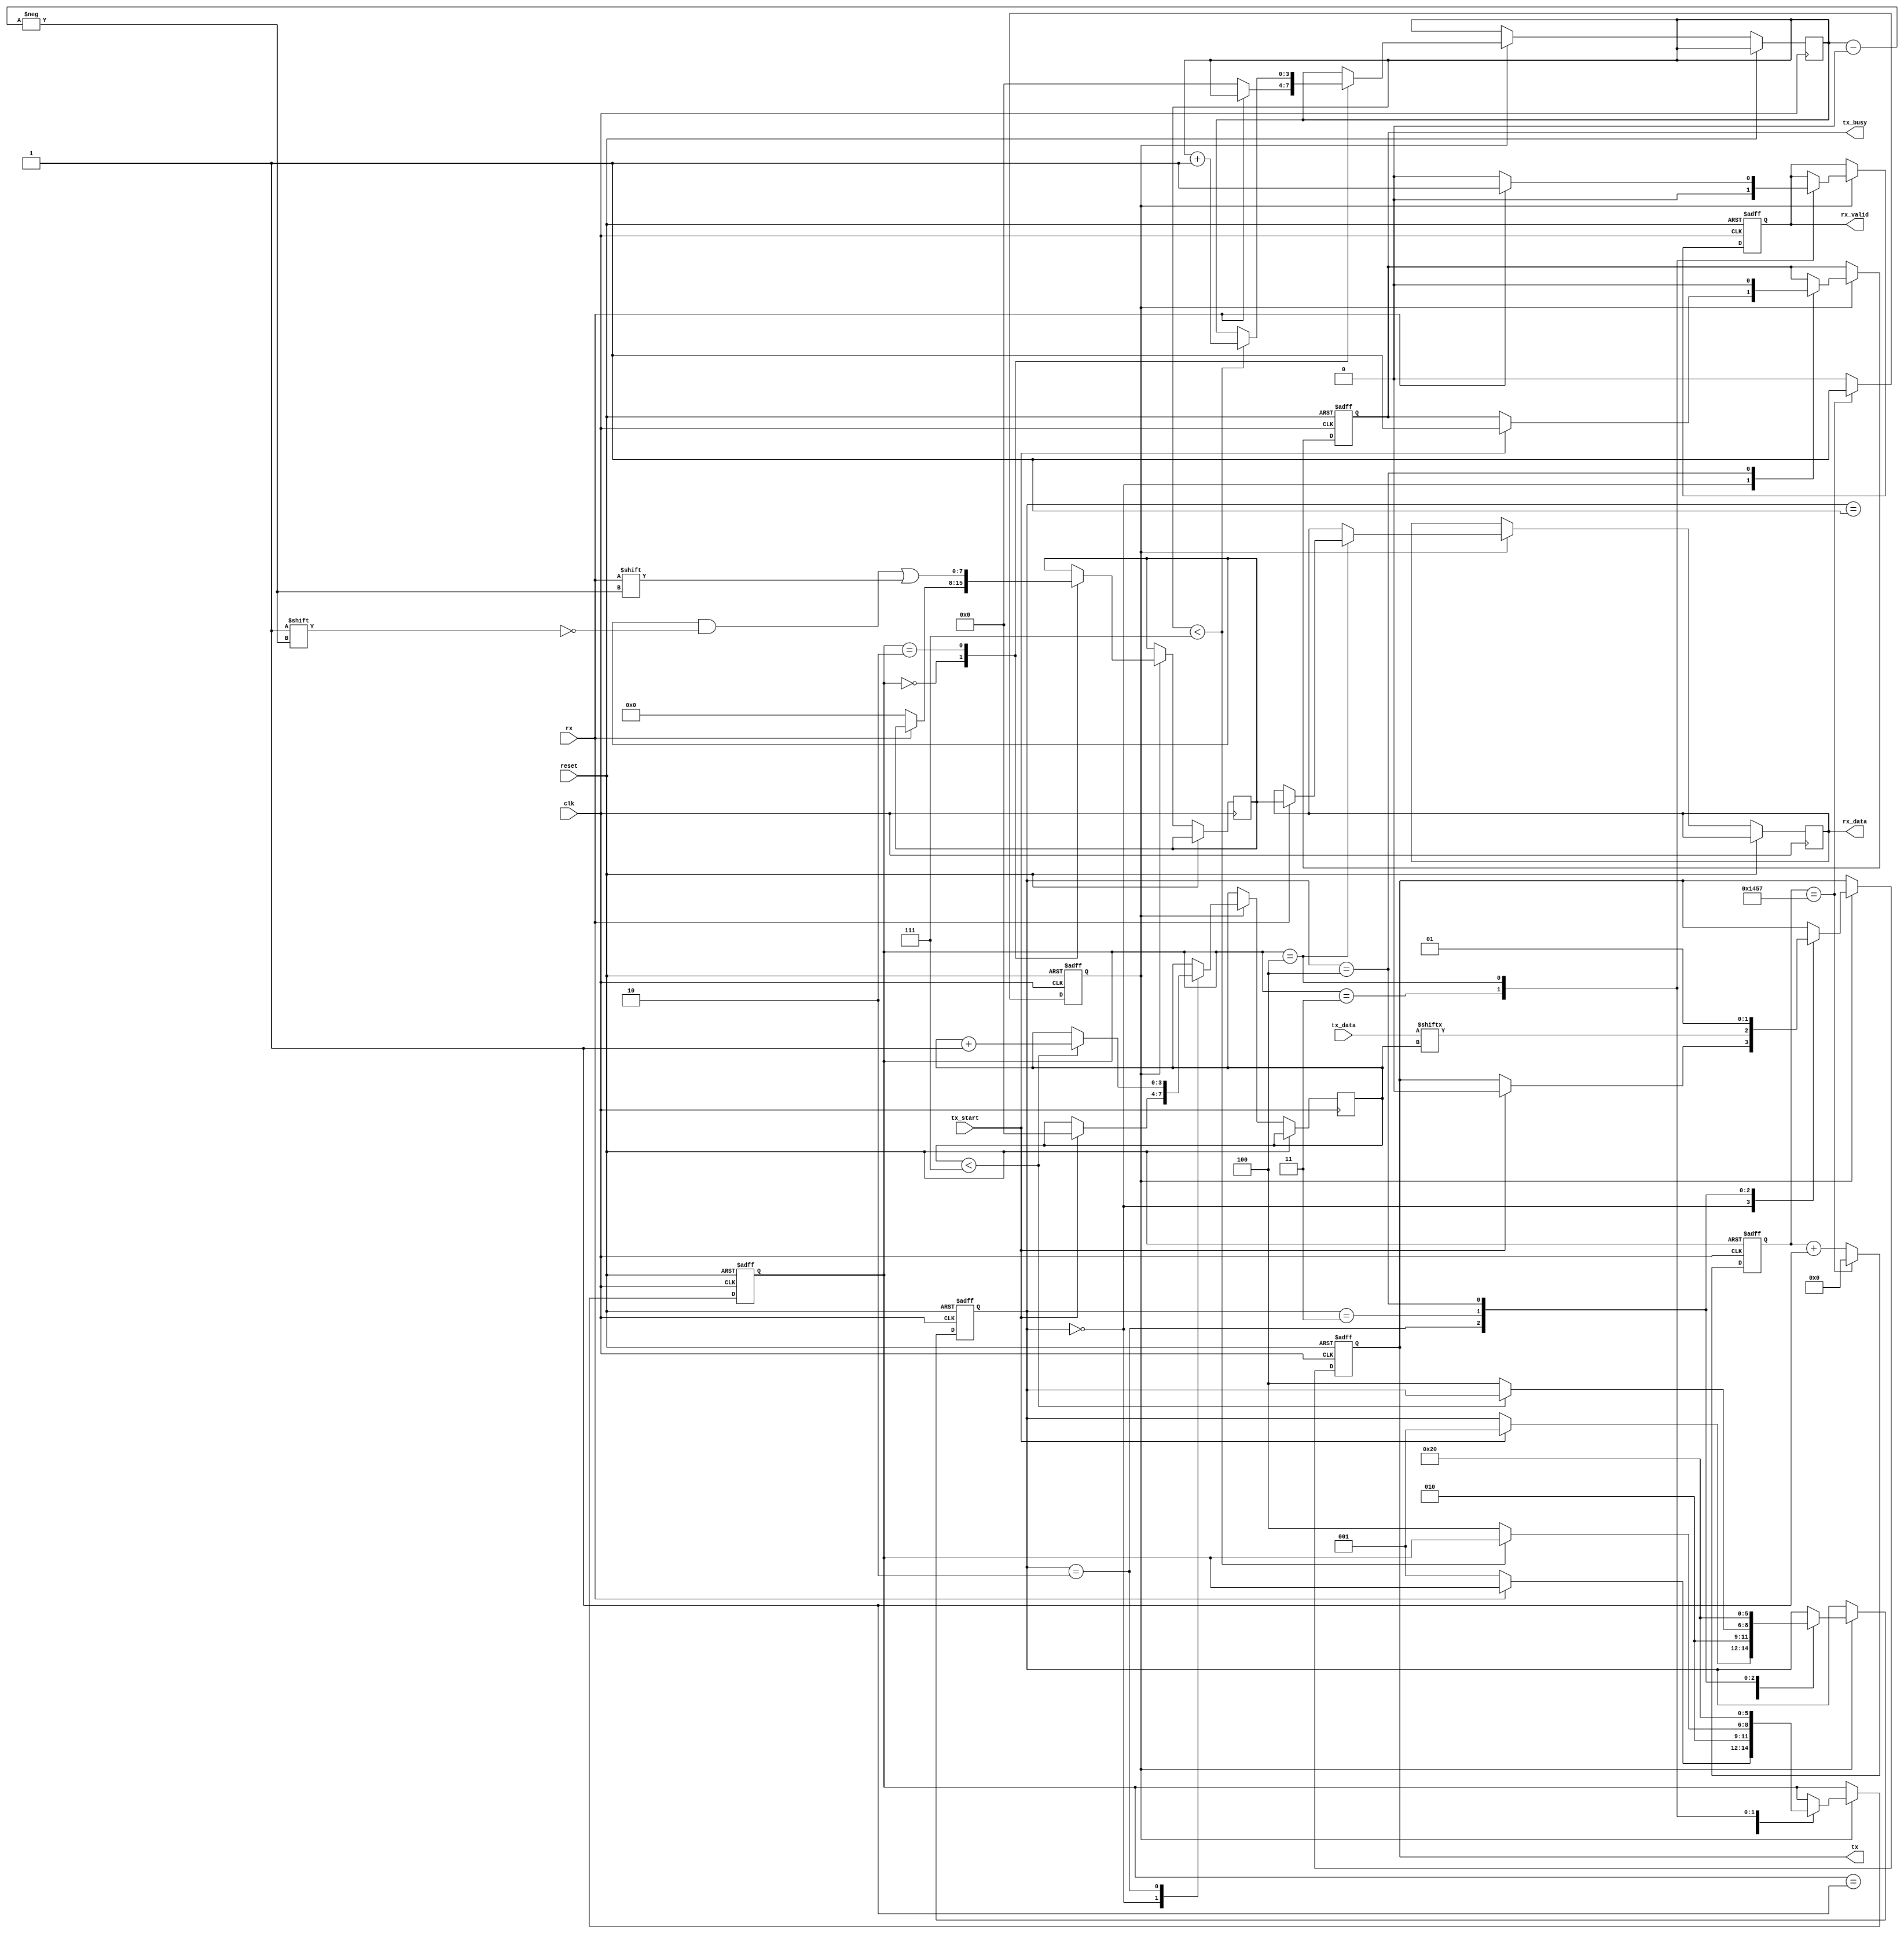
module Parameterized_UART #(
    parameter BAUD_RATE = 9600,
    parameter DATA_WIDTH = 8,
    parameter STOP_BITS = 1,
    parameter PARITY_EN = 0,  // 0: None, 1: Even, 2: Odd
    parameter CLOCK_FREQ = 50000000 // System clock frequency
)(
    input wire clk,
    input wire reset,
    input wire [DATA_WIDTH-1:0] tx_data,
    input wire tx_start,
    input wire rx,
    output reg tx,
    output reg [DATA_WIDTH-1:0] rx_data,
    output reg rx_valid,
    output reg tx_busy
);

// Baud rate generator
reg [15:0] baud_counter;
reg baud_tick;

initial begin
    baud_counter = 0;
    baud_tick = 0;
end

always @(posedge clk or posedge reset) begin
    if (reset) begin
        baud_counter <= 0;
        baud_tick <= 0;
    end else if (baud_counter == (CLOCK_FREQ / BAUD_RATE) - 1) begin
        baud_counter <= 0;
        baud_tick <= 1;
    end else begin
        baud_counter <= baud_counter + 1;
        baud_tick <= 0;
    end
end

// Transmitter state machine
localparam TX_IDLE = 0, TX_START = 1, TX_DATA = 2, TX_PARITY = 3, TX_STOP = 4;
reg [2:0] tx_state;
reg [3:0] bit_index;

initial begin
    tx_state = TX_IDLE;
    tx_busy = 0;
    tx = 1; // idle state is high
end

always @(posedge clk or posedge reset) begin
    if (reset) begin
        tx_state <= TX_IDLE;
        tx_busy <= 0;
        tx <= 1;
    end else if (baud_tick) begin
        case (tx_state)
            TX_IDLE: begin
                if (tx_start) begin
                    tx_busy <= 1;
                    tx <= 0; // Start bit
                    bit_index <= 0;
                    tx_state <= TX_START;
                end
            end
            
            TX_START: begin
                tx_state <= (DATA_WIDTH > 0) ? TX_DATA : (PARITY_EN ? TX_PARITY : TX_STOP);
            end
            
            TX_DATA: begin
                tx <= tx_data[bit_index];
                if (bit_index < DATA_WIDTH - 1)
                    bit_index <= bit_index + 1;
                else
                    tx_state <= (PARITY_EN ? TX_PARITY : TX_STOP);
            end
            
            TX_PARITY: begin
                // Calculate and transmit parity bit
                tx <= (PARITY_EN == 1) ? ~^tx_data : (PARITY_EN == 2) ? ^tx_data : 0; // Even or Odd parity
                tx_state <= TX_STOP;
            end
            
            TX_STOP: begin
                tx <= 1; // Stop bit(s)
                if (STOP_BITS == 2) begin
                    tx_state <= TX_IDLE; // Two stop bits
                end else begin
                    tx_busy <= 0;
                    tx_state <= TX_IDLE; // One stop bit
                end
            end
        endcase
    end
end

// Receiver state machine
localparam RX_IDLE = 0, RX_START = 1, RX_DATA = 2, RX_PARITY = 3, RX_STOP = 4;
reg [2:0] rx_state;
reg [3:0] rx_bit_index;
reg [DATA_WIDTH-1:0] received_data;

initial begin
    rx_state = RX_IDLE;
    rx_valid = 0;
end

always @(posedge clk or posedge reset) begin
    if (reset) begin
        rx_state <= RX_IDLE;
        rx_valid <= 0;
    end else if (baud_tick) begin
        case (rx_state)
            RX_IDLE: begin
                if (!rx) begin // Detect start bit
                    rx_state <= RX_START;
                    rx_bit_index <= 0;
                    received_data <= 0;
                end
            end
            
            RX_START: begin
                rx_state <= RX_DATA;
            end
            
            RX_DATA: begin
                received_data[rx_bit_index] <= rx;
                if (rx_bit_index < DATA_WIDTH - 1) begin
                    rx_bit_index <= rx_bit_index + 1;
                end else begin
                    rx_state <= (PARITY_EN ? RX_PARITY : RX_STOP);
                end
            end
            
            RX_PARITY: begin
                // Check parity
                if (PARITY_EN == 1 && (rx === ~^received_data)) begin
                    rx_valid <= 1;
                end else if (PARITY_EN == 2 && (rx === ^received_data)) begin
                    rx_valid <= 1;
                end else begin
                    rx_valid <= 0; // Parity error
                end
                rx_state <= RX_STOP;
            end
            
            RX_STOP: begin
                if (rx) begin // Check stop bit(s)
                    rx_data <= received_data;
                    rx_valid <= 1;
                end else begin
                    rx_valid <= 0; // Framing error
                end
                rx_state <= RX_IDLE;
            end
        endcase
    end
end

endmodule